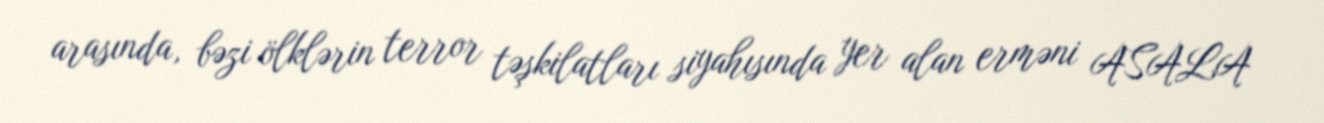
arasında, bəzi ölklərin terror təşkilatları siyahısında yer alan erməni ASALA